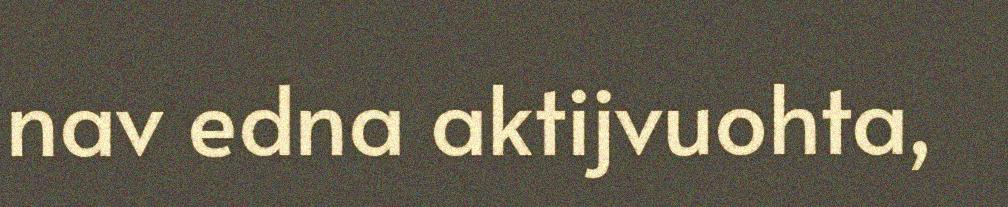
nav edna aktijvuohta,